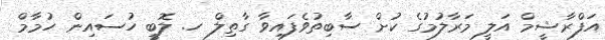
އަފްރާޝީމް އަލީ މަރާލުމުގެ ކުށް ސާބިތުވެފައިވާ ގާތިލް ހ. ލޮބީ ހުސައިން ހުމާމް